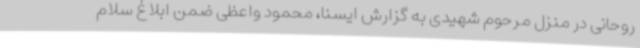
روحانی در منزل مرحوم شهیدی به گزارش ایسنا، محمود واعظی ضمن ابلاغ سلام